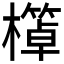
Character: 𱤩